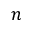
n